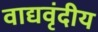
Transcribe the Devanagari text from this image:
वाद्यवृंदीय